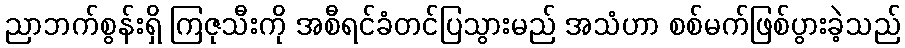
ညာဘက်စွန်းရှိ ကြဇုသီးကို အစီရင်ခံတင်ပြသွားမည် အသံဟာ စစ်မက်ဖြစ်ပွားခဲ့သည်